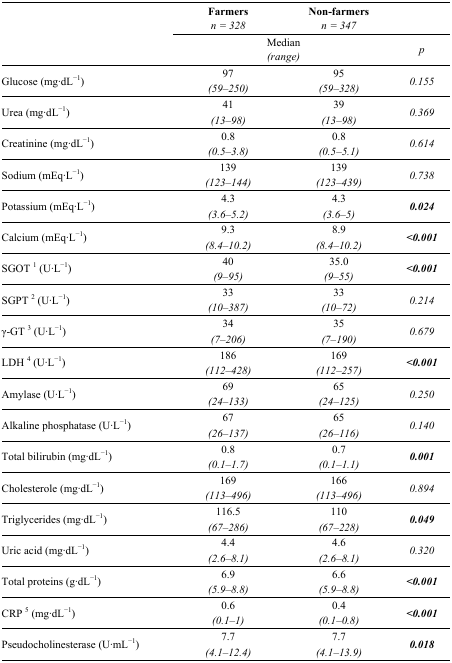
<table><thead><tr><td></td><td><b>Farmers<i>n = 328</i></b></td><td><b>Non-farmers<i>n = 347</i></b></td><td></td></tr><tr><td></td><td colspan="2"><b>Median<i>(range)</i></b></td><td><b><i>p</i></b></td></tr></thead><tbody><tr><td rowspan="2">Glucose (mg·dL<sup>−1</sup>)</td><td>97</td><td>95</td><td rowspan="2"><i>0.155</i></td></tr><tr><td><i>(59–250)</i></td><td><i>(59–328)</i></td></tr><tr><td rowspan="2">Urea (mg·dL<sup>−1</sup>)</td><td>41</td><td>39</td><td rowspan="2"><i>0.369</i></td></tr><tr><td><i>(13–98)</i></td><td><i>(13–98)</i></td></tr><tr><td rowspan="2">Creatinine (mg·dL<sup>−1</sup>)</td><td>0.8</td><td>0.8</td><td rowspan="2"><i>0.614</i></td></tr><tr><td><i>(0.5–3.8)</i></td><td><i>(0.5–5.1)</i></td></tr><tr><td rowspan="2">Sodium (mEq·L<sup>−1</sup>)</td><td>139</td><td>139</td><td rowspan="2"><i>0.738</i></td></tr><tr><td><i>(123–144)</i></td><td><i>(123–439)</i></td></tr><tr><td rowspan="2">Potassium (mEq·L<sup>−1</sup>)</td><td>4.3</td><td>4.3</td><td rowspan="2"><b><i>0.024</i></b></td></tr><tr><td><i>(3.6–5.2)</i></td><td><i>(3.6–5)</i></td></tr><tr><td rowspan="2">Calcium (mEq·L<sup>−1</sup>)</td><td>9.3</td><td>8.9</td><td rowspan="2"><b><i>&lt;0.001</i></b></td></tr><tr><td><i>(8.4–10.2)</i></td><td><i>(8.4–10.2)</i></td></tr><tr><td rowspan="2">SGOT <sup>1</sup> (U·L<sup>−1</sup>)</td><td>40</td><td>35.0</td><td rowspan="2"><b><i>&lt;0.001</i></b></td></tr><tr><td><i>(9–95)</i></td><td><i>(9–55)</i></td></tr><tr><td rowspan="2">SGPT <sup>2</sup> (U·L<sup>−1</sup>)</td><td>33</td><td>33</td><td rowspan="2"><i>0.214</i></td></tr><tr><td><i>(10–387)</i></td><td><i>(10–72)</i></td></tr><tr><td rowspan="2">γ-GT <sup>3</sup> (U·L<sup>−1</sup>)</td><td>34</td><td>35</td><td rowspan="2"><i>0.679</i></td></tr><tr><td><i>(7–206)</i></td><td><i>(7–190)</i></td></tr><tr><td rowspan="2">LDH <sup>4</sup> (U·L<sup>−1</sup>)</td><td>186</td><td>169</td><td rowspan="2"><b><i>&lt;0.001</i></b></td></tr><tr><td><i>(112–428)</i></td><td><i>(112–257)</i></td></tr><tr><td rowspan="2">Amylase (U·L<sup>−1</sup>)</td><td>69</td><td>65</td><td rowspan="2"><i>0.250</i></td></tr><tr><td><i>(24–133)</i></td><td><i>(24–125)</i></td></tr><tr><td rowspan="2">Alkaline phosphatase (U·L<sup>−1</sup>)</td><td>67</td><td>65</td><td rowspan="2"><i>0.140</i></td></tr><tr><td><i>(26–137)</i></td><td><i>(26–116)</i></td></tr><tr><td rowspan="2">Total bilirubin (mg·dL<sup>−1</sup>)</td><td>0.8</td><td>0.7</td><td rowspan="2"><b><i>0.001</i></b></td></tr><tr><td><i>(0.1–1.7)</i></td><td><i>(0.1–1.1)</i></td></tr><tr><td rowspan="2">Cholesterole (mg·dL<sup>−1</sup>)</td><td>169</td><td>166</td><td rowspan="2"><i>0.894</i></td></tr><tr><td><i>(113–496)</i></td><td><i>(113–496)</i></td></tr><tr><td rowspan="2">Triglycerides (mg·dL<sup>−1</sup>)</td><td>116.5</td><td>110</td><td rowspan="2"><b><i>0.049</i></b></td></tr><tr><td><i>(67–286)</i></td><td><i>(67–228)</i></td></tr><tr><td rowspan="2">Uric acid (mg·dL<sup>−1</sup>)</td><td>4.4</td><td>4.6</td><td rowspan="2"><i>0.320</i></td></tr><tr><td><i>(2.6–8.1)</i></td><td><i>(2.6–8.1)</i></td></tr><tr><td rowspan="2">Total proteins (g·dL<sup>−1</sup>)</td><td>6.9</td><td>6.6</td><td rowspan="2"><b><i>&lt;0.001</i></b></td></tr><tr><td><i>(5.9–8.8)</i></td><td><i>(5.9–8.8)</i></td></tr><tr><td rowspan="2">CRP <sup>5</sup> (mg·dL<sup>−1</sup>)</td><td>0.6</td><td>0.4</td><td rowspan="2"><b><i>&lt;0.001</i></b></td></tr><tr><td><i>(0.1–1)</i></td><td><i>(0.1–0.8)</i></td></tr><tr><td rowspan="2">Pseudocholinesterase (U·mL<sup>−1</sup>)</td><td>7.7</td><td>7.7</td><td rowspan="2"><b><i>0.018</i></b></td></tr><tr><td><i>(4.1–12.4)</i></td><td><i>(4.1–13.9)</i></td></tr></tbody></table>